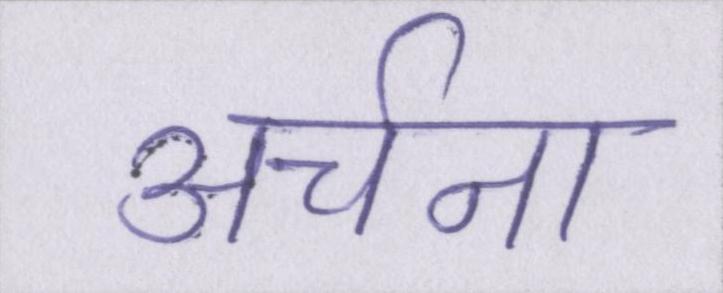
अर्चना